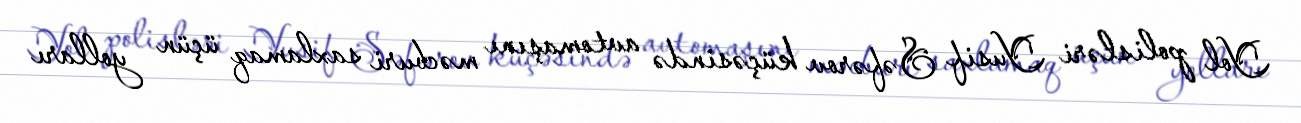
Yol polisləri Yusif Səfərov küçəsində avtomaşını məcburi saxlamaq üçün yolları